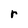
Character: r